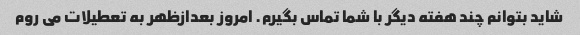
شاید بتوانم چند هفته دیگر با شما تماس بگیرم. امروز بعدازظهر به تعطیلات می روم